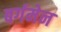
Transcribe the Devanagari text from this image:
बर्गमेन